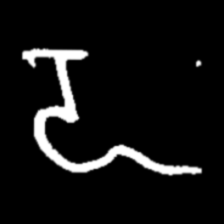
Pyu character \u2014 Myanmar letter: ဍ (romanized: dda)